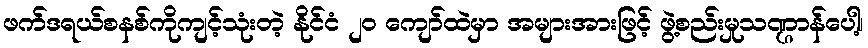
ဖက်ဒရယ်စနစ်ကိုကျင့်သုံးတဲ့ နိုင်ငံ ၂၀ ကျော်ထဲမှာ အများအားဖြင့် ဖွဲ့စည်းမှုသဏ္ဌာန်ပေါ့၊